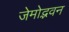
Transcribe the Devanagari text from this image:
जेमोद्भवन